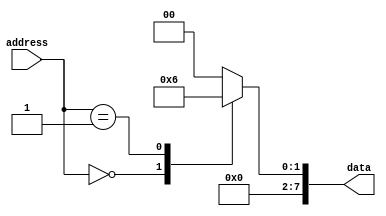
module ROM (
    input [7:0] address,
    output reg [7:0] data
);

always @(*) begin
    case(address)
        8'b00000000: data = 8'b00000001;
        8'b00000001: data = 8'b00000010;
        // Add more cases for additional memory blocks as needed
        default: data = 8'b00000000;
    endcase
end

endmodule